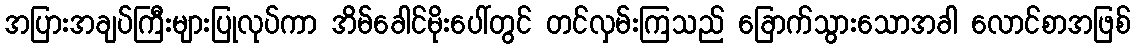
အပြားအချပ်ကြီးများပြုလုပ်ကာ အိမ်ခေါင်မိုးပေါ်တွင် တင်လှမ်းကြသည် ခြောက်သွားသောအခါ လောင်စာအဖြစ်